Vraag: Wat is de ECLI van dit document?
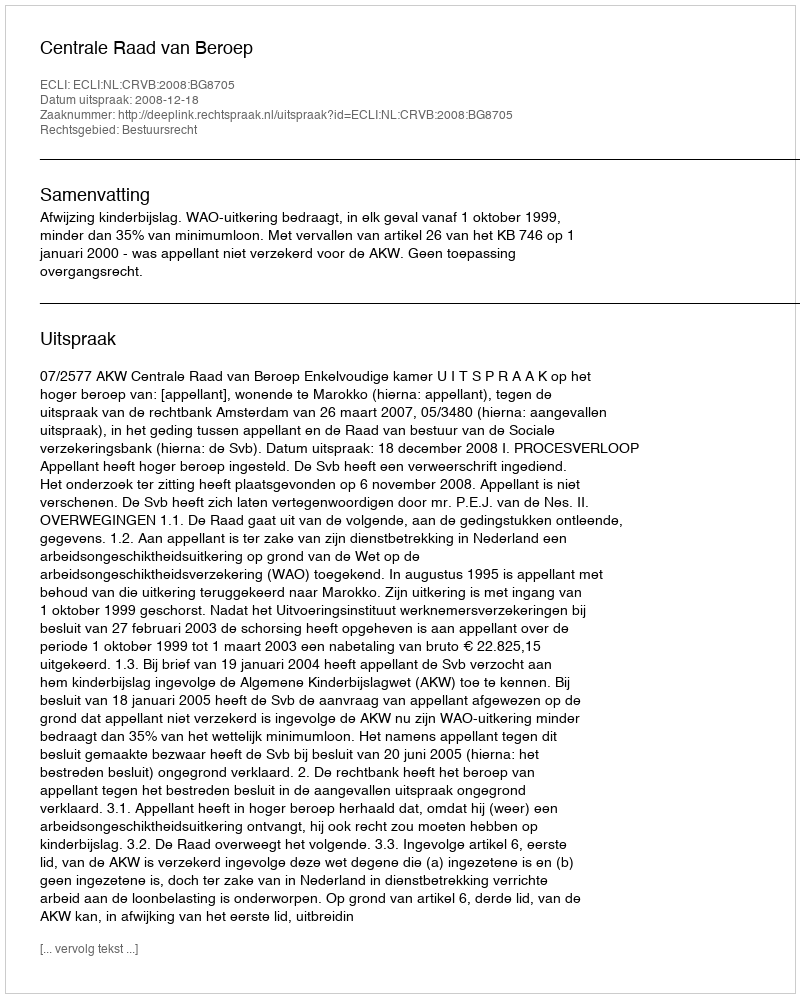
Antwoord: ECLI:NL:CRVB:2008:BG8705